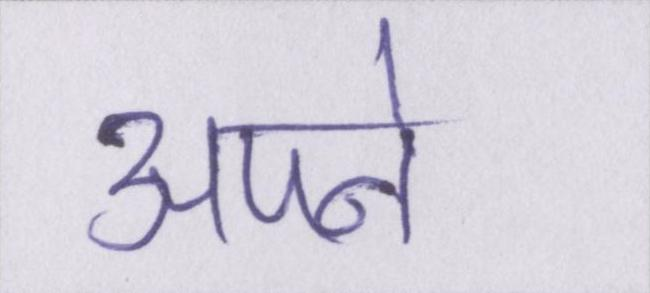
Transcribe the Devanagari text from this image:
अपने